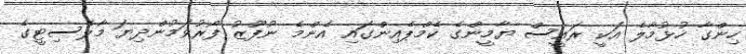
ހިންގާ ހުޅުމާލެ އަކީ ރައީސް ޔާމީންގެ ކެމްޕެއިންގައި އެންމެ ނުފޫޒު ފޯރުވަމުންދިޔަ މާލެސިޓީގެ